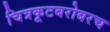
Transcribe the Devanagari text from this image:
चित्रकूटबरोबरच